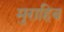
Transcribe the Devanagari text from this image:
मुराहिब